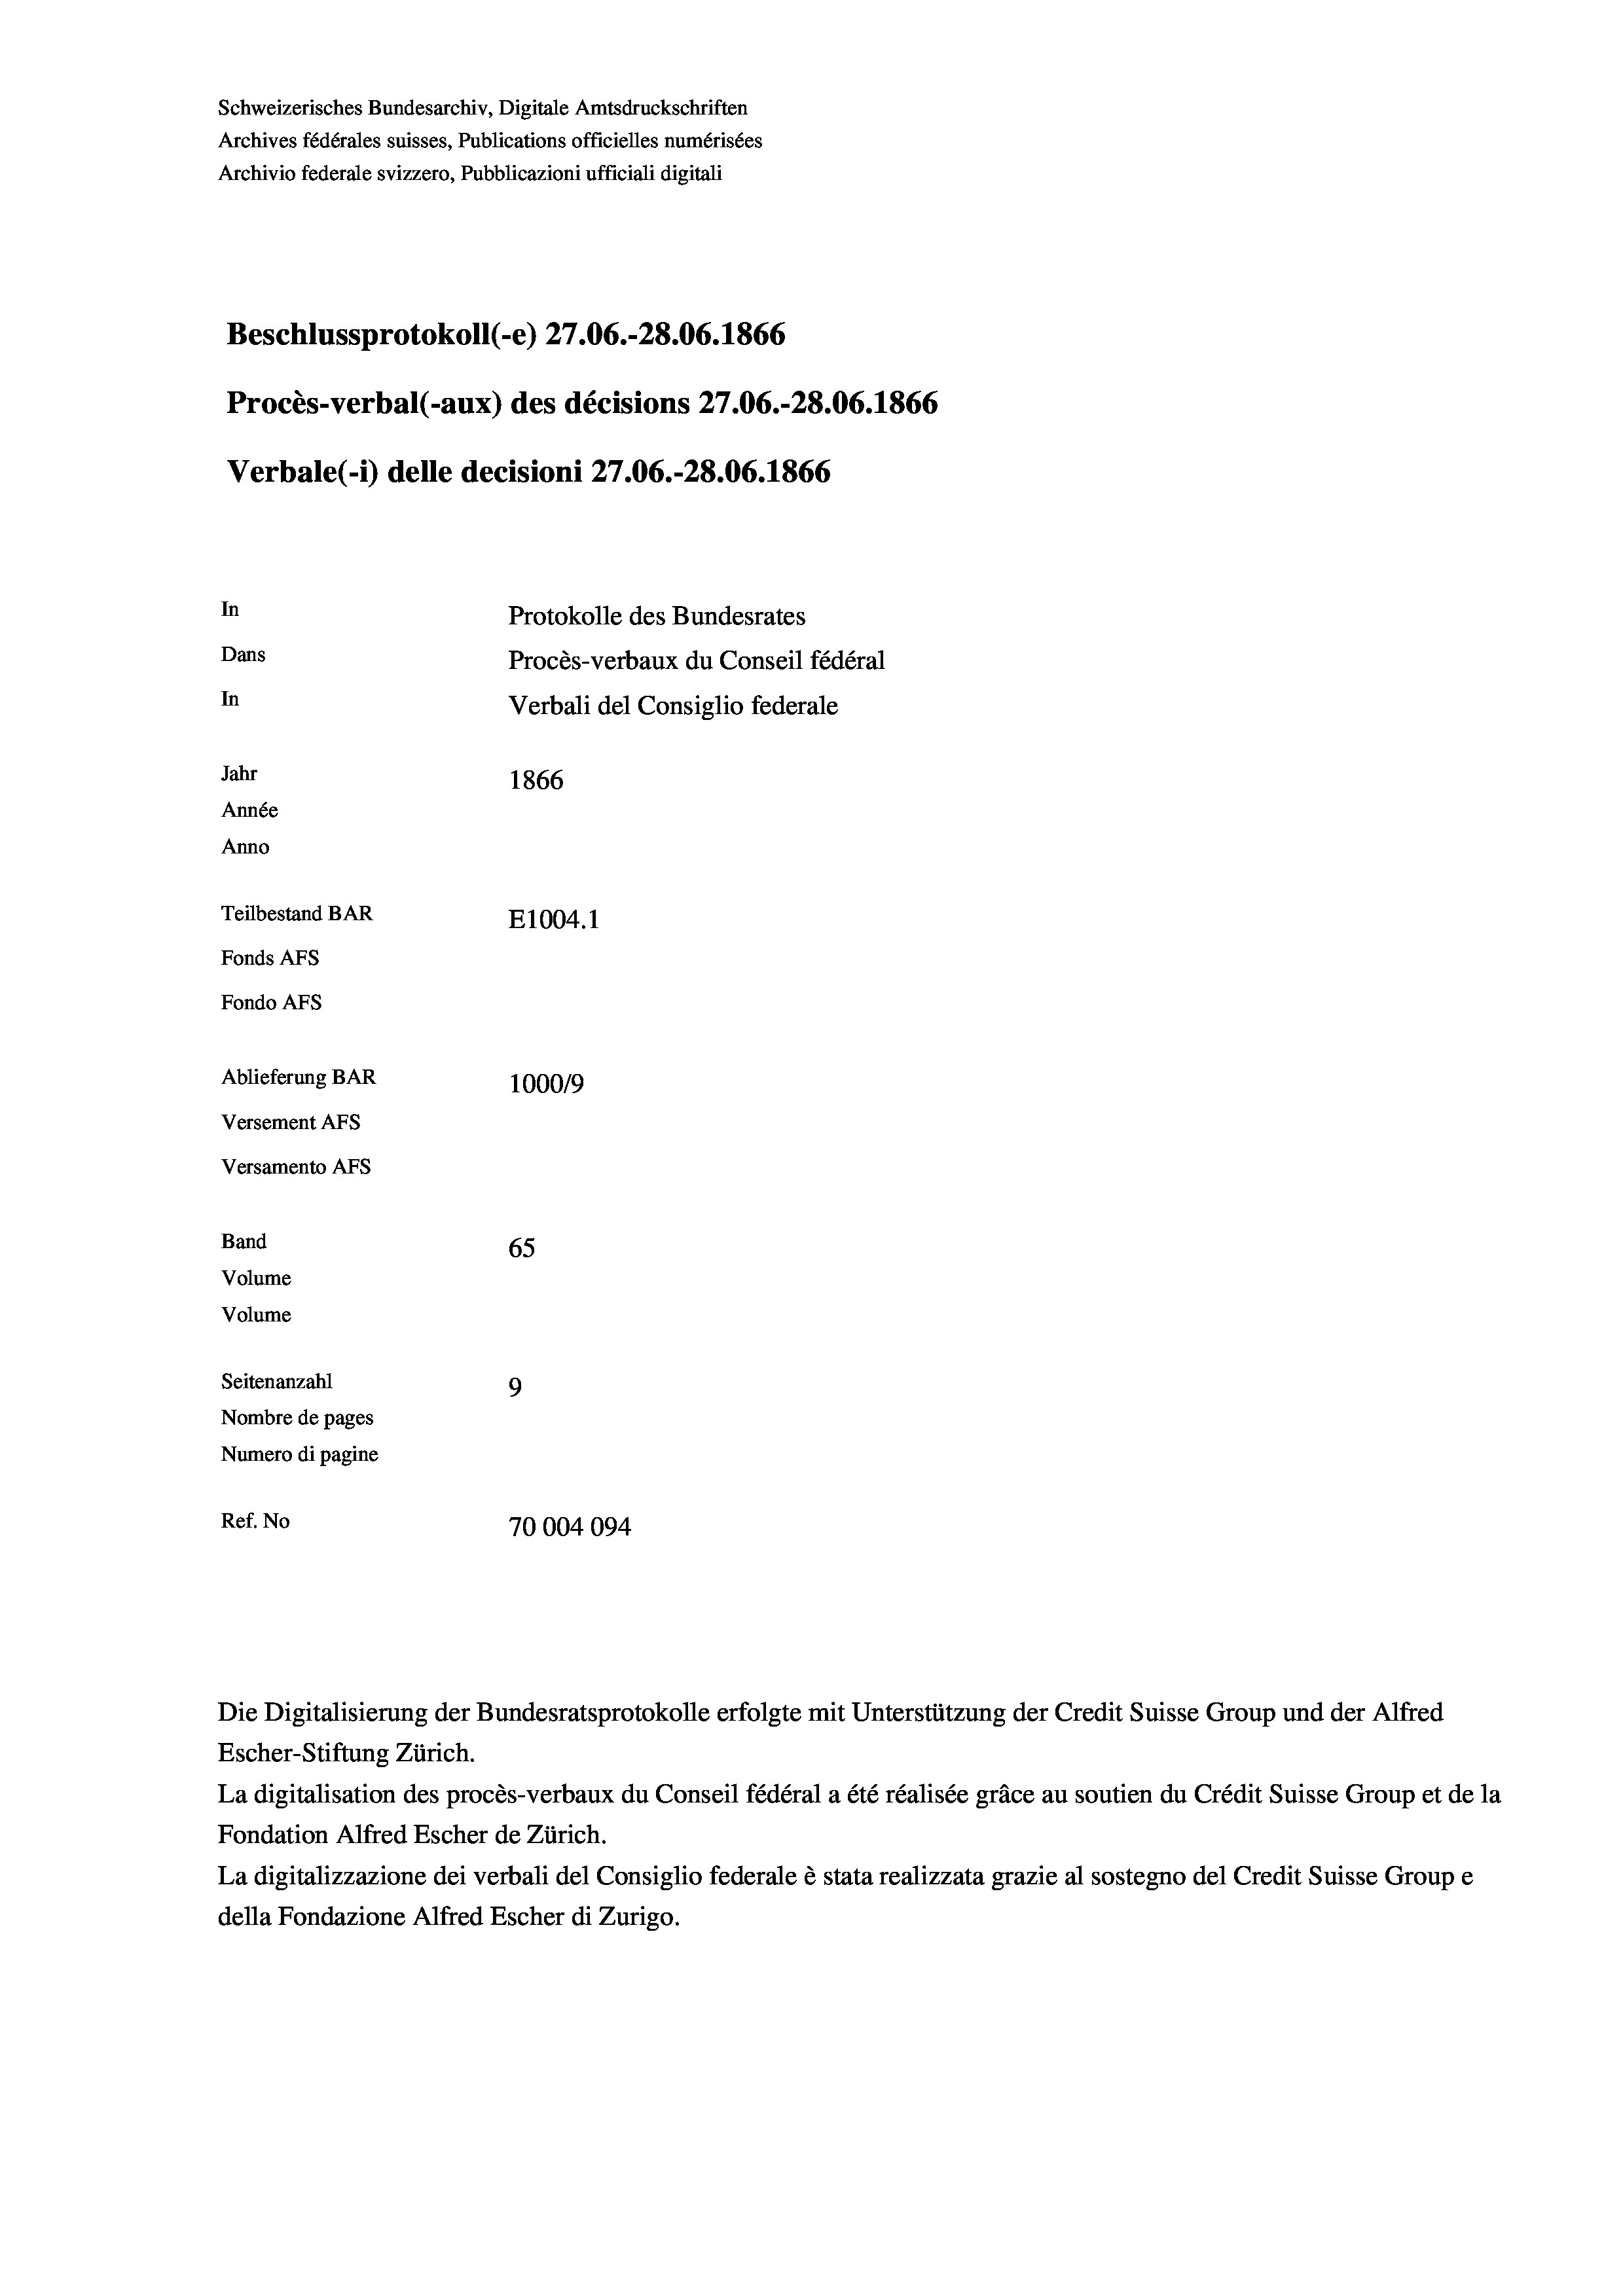
Schweizerisches Bundesarchiv, Digitale Amtsdruckschriften
Archives fédérales suisses, Publications officielles numérisées
Archivio federale svizzero, Pubblicazioni ufficiali digitali
Beschlussprotokoll (-e) 27.06.-28.06. 1866
Procès-verbal (-aux) des décisions 27.06.-28.06. 1866
Verbale (1) delle decisioni 27.06.-28.06. 1866
In
Protokolle des Bundesrates
Dans
Procès-verbaux du Conseil fédéral
In
Verbali del Consiglio federale
Jahr
1866
Année
Anno
Teilbestand BAR
E1004.1
Fonds AFs
Fondo Afs
Ablieferung BAR
100019
Versement AFs
Versamento AFs
Band
65
Volume
Volume
Seitenanzahl
9
Nombre de pages
Numero di pagine
Ref. No
70004094

Escher-Stiftung Zürich.
La digitalisation des procès-verbaux du Conseil fédéral a été réalisée gräce au soutien du Crédit Suisse Group et de la
Fondation Alfred Escher de Zürich.
La digitalizzazione dei verbali del Consiglio federale è stata realizzata grazie al sostegno del Credit Suisse Groupe
della Fondazione Alfred Escher di Zurigo.

Die Digitalisierung der Bundesratsprotokolle erfolgte mit Unterstützung der Credit Suisse Group und der Alfred